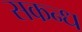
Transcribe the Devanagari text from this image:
सकन्ध